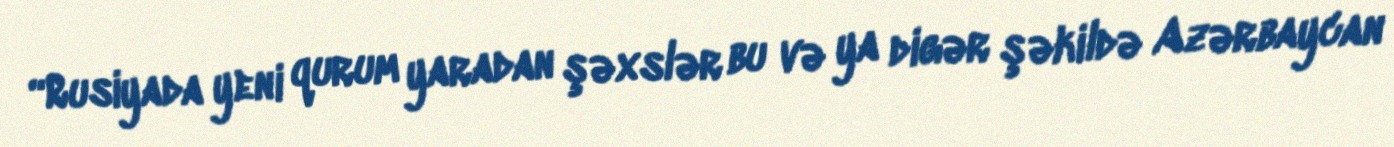
“Rusiyada yeni qurum yaradan şəxslər bu və ya digər şəkildə Azərbaycan